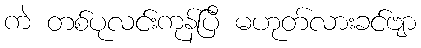
ကဲ တစ်ပုလင်းကုန်ပြီ မဟုတ်လားခင်ဗျာ